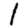
Digit: 1